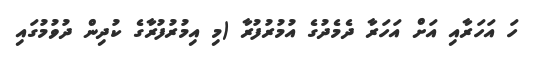
ހަ އަހަރާއި އަށް އަހަރާ ދެމެދުގެ އުމުރުފުރާ (މި އިމުރުފުރާގެ ކުދިން ދުވުމުގައި